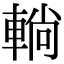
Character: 𨌩